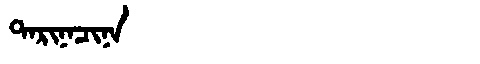
Manchu: ᡨᠠᡵᡳᠨᠠᠴᡳᠨᠠ
Romanization: TARINACINA